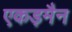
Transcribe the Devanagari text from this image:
एकड़मैन